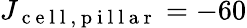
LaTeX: J_{\mathrm{~c~e~l~l~,~p~i~l~l~a~r~}}=-60